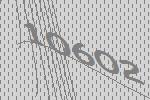
10602